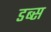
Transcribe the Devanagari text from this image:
डब्स